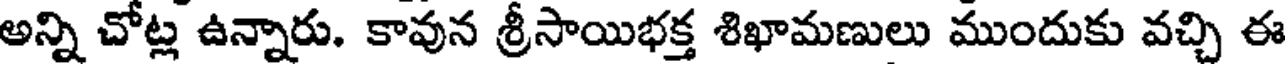
అన్ని చోట్ల ఉన్నారు. కావున శ్రీసాయిభక్త శిఖామణులు ముందుకు వచ్చి ఈ